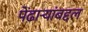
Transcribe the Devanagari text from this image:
पेंढाऱ्यांबद्दल